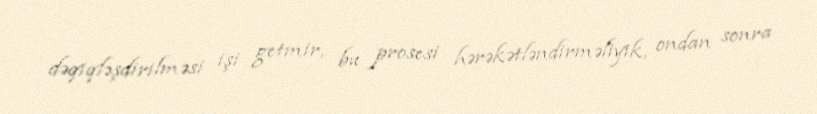
dəqiqləşdirilməsi işi getmir, bu prosesi hərəkətləndirməliyik, ondan sonra